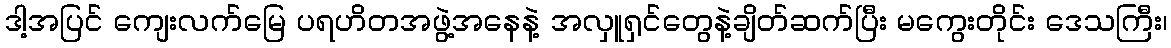
ဒါ့အပြင် ကျေးလက်မြေ ပရဟိတအဖွဲ့အနေနဲ့ အလှူရှင်တွေနဲ့ချိတ်ဆက်ပြီး မကွေးတိုင်း ဒေသကြီး၊